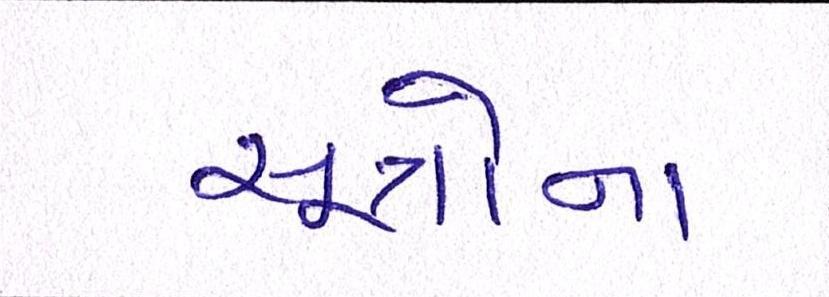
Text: સૂત્રોના